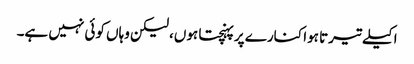
اکیلے تیرتا ہوا کنارے پر پہنچتا ہوں، لیکن وہاں کوئی نہیں ہے۔